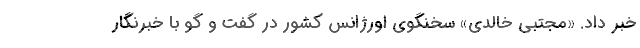
خبر داد. «مجتبی خالدی» سخنگوی اورژانس کشور در گفت و گو با خبرنگار